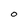
Character: O